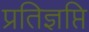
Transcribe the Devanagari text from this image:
प्रतिज्ञप्ति